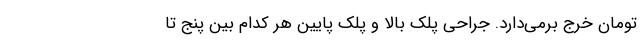
تومان خرج برمی‌دارد. جراحی پلک بالا و پلک پایین هر کدام بین پنج تا